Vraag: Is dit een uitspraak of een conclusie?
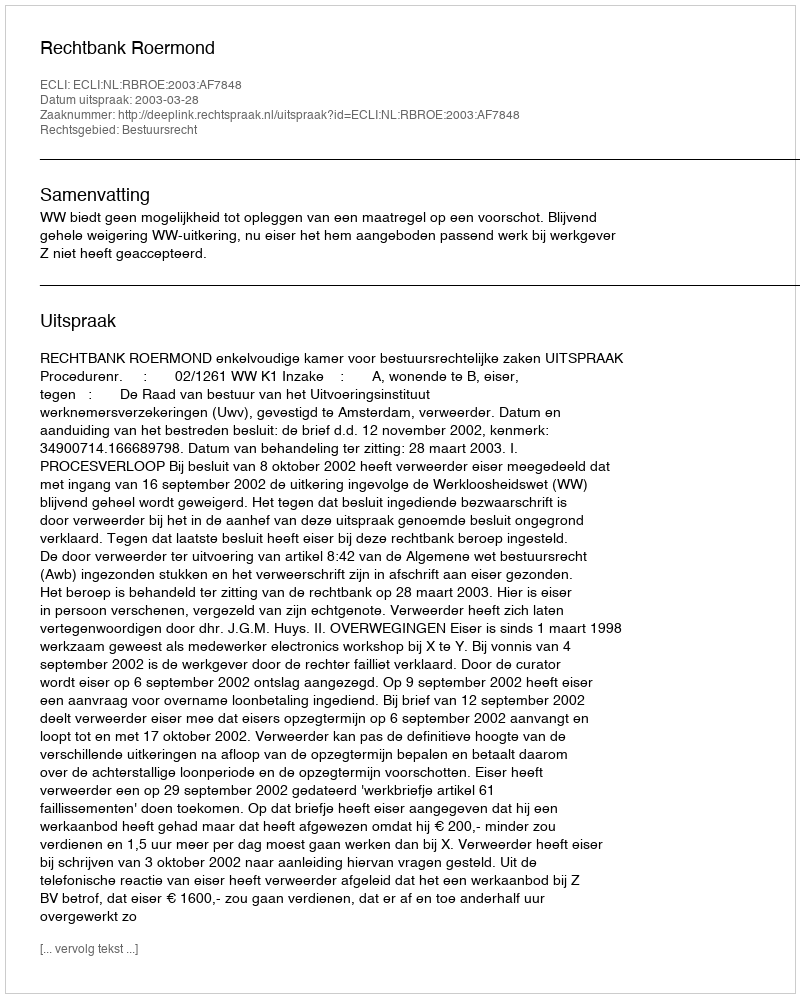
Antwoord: Uitspraak